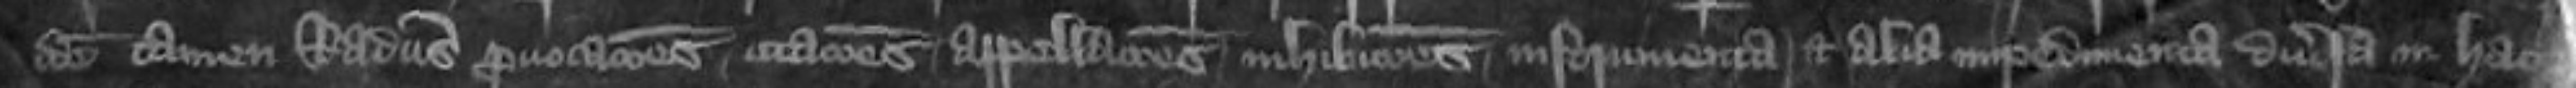
idem tamen Radulphus provocationes citationes appellationes inhibitiones instrumenta et alia impedimenta diversa in hac parte